Annual report on the working of the mental hospitals in the Madras Presidency - 1912-1932
Year: 1912
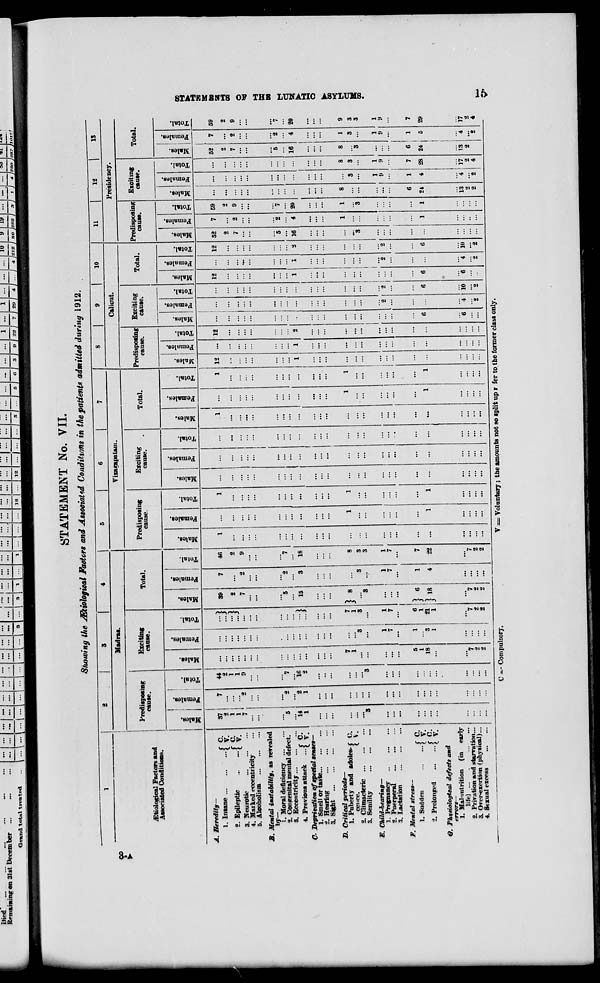
Died'
Remaining on 31st December
Gm.t\d tot«\ treat«-d
y ... y
... :::I:::J::: I" 1;;; i;;; i;;; i;;;
1
... 1 ...
12
... 1 12 1 ... | ... 1 ...
I .- I ... I ... I 1 I ... I II ... I ... I ... I 10 I V I IV I ... i ... 1 ...
I <i I 3 J O I 23 ] 7 I 2Q I 4 J ... J 4 J212 j 80 J2f>2 J 3 j 1 ) 4 7SO JSS7 JlOzt/
STATEMENT No. VII.
Showing the JEtiologieal Factors and Associated Conditions in the patients admitted during 1912.
1
2
1 •
5
6
7
8
9
10
11
12
13
CO
I
.Etiologica', Factors and
Associated Conditions.
Madras.
Vizagapatam.
Calicut.
Presidency.
Predisposing
cause.
Exciting
cause.
Total.
Predisposing
cause.
Exciting
cause.
Total.
Predisposing
cause.
Exciting
cause.
Total.
Predisposing
cause.
Exciting
cause.
Total.
•
1 i
- i
S I ft
"3
O
m
—
1
£
g
CD
ft
3 1 3
m
B
1 3
1 S
0)
1
0
J5
a
s
■a
s
V
PC*
3
35
V
"3
S
OS
O
1 s 5
1
—
"3
«
ft
"3
0
as
3
71
s
i
0
ft
3
0
H
X
s
3
S
X
sS
S
CD
ft
3
0
EH
3
£
3
E
a
ft
3
■j
5
3
X
,£
3
6
ft
93
0
3
X
S
1
1*
3 0
A. Heredity—
1. Insane
\ 5"
2. Epileptic
{ y -
3. Neurotic
4. Marked eccentricity
5. Alcoholism
B. Mental instability, as revealed
by—
1. Moral deficiency
2. Congenital mental defect.
8. Eccentricity
f C
4. Previous attack
...« Si*
C- Deprivation of special tenses—
1. Smell or taste
2. Hearing
3. Sight
J). Critical periods—
1. Puberty and adoles-f C.
cence.
X V.
2. Climacteric
3. Senility
E, Child-bearing—
1. Pregnancy
2. Puerperal
3. Lactation
F. Mental stress—
1. Sudden
[ 2?
•1. Prolonged
£ y'
6. Physiological defects and
errors—
1. Mal-iutrition (in early
life)
2. Privation and starvation...
3. Over-exertion (physical)...
4. Stxual excess
37
2
j
"*5
14
1
...
;;
"s
7
...
"2
'"t
"i
1
44
2
1
1
9
"l
16
2
"3
7
1
6
1
18
"7
2
2
...
"3
1
7
1
' 8
1
:::}
El
I
1
7
6
1
'"7
2
2
39
2
7
"5
15
} '
}18
"7
2
7
2
"2
3
3
4
46
2
9
"7
18
8
8
3
1
7
7
22
"*7
2
2
1
1
1
1
1
1
...
...
1
1
1
1
1
1
12
1
1
12
2
...
*
6
6
1
"2
"4
"2
...
6
l6
"2
12
1
I
...
...
6
"(B
1
;;;
"2
4
"2
12
2
"2
6
10
"2
52
2
7
5
16
7
2
"2
4
1
1
59
2
9
"7
20
1
'3
1
8
6
2*
13
2
2
1
3
1
it
1
4
"4
2
8
3
1
7
28
2
4
52
2
7
"5
16
8
3
...
6
1
24,
1
1
is
2
7
2
"2
4
1
3
1
9
1
5
*4
"2
59
2
9
"7
20
9
3
3
1
9
7
29
17
2
4
00
1
S3
ss
ss
3
o
«
00
C =- Compulsory,
V = Yolnntary; the amounts not so split up r fer to. the former class only.
■BJBBB
"»•■■
BfJM
. _■■■" "..
•fiSHSNBSM